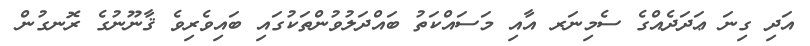
އަދި ގިނަ ޢަދަދެއްގެ ސެމިނަރ އާއި މަސައްކަތު ބައްދަލުވުންތަކުގައި ބައިވެރިވެ ޤާނޫނުގެ ރޮނގުން